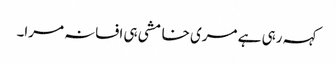
کہہ رہی ہے مری خامشی ہی افسانہ مرا۔